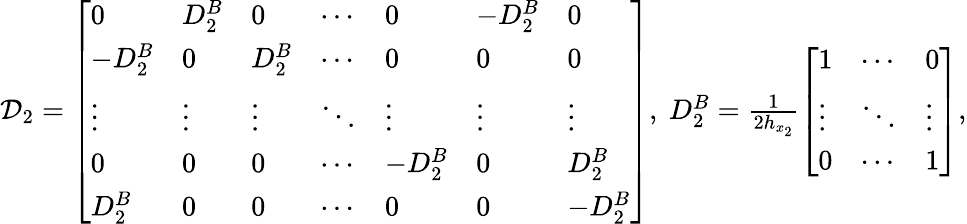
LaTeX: \begin{array}{r}{\mathcal{D}_{2}=\left[\begin{array}{lllllll}{0}&{D_{2}^{B}}&{0}&{\cdots}&{0}&{-D_{2}^{B}}&{0}\\ {-D_{2}^{B}}&{0}&{D_{2}^{B}}&{\cdots}&{0}&{0}&{0}\\ {\vdots}&{\vdots}&{\vdots}&{\ddots}&{\vdots}&{\vdots}&{\vdots}\\ {0}&{0}&{0}&{\cdots}&{-D_{2}^{B}}&{0}&{D_{2}^{B}}\\ {D_{2}^{B}}&{0}&{0}&{\cdots}&{0}&{0}&{-D_{2}^{B}}\end{array}\right],\ D_{2}^{B}=\frac{1}{2h_{x_{2}}}\left[\begin{array}{lll}{1}&{\cdots}&{0}\\ {\vdots}&{\ddots}&{\vdots}\\ {0}&{\cdots}&{1}\end{array}\right],}\end{array}